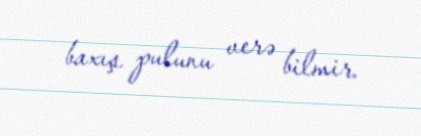
baxış pulunu verə bilmir.